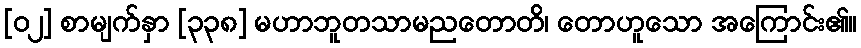
[၀၂] စာမျက်နှာ [၃၃၈] မဟာဘူတသာမညတောတိ၊ တောဟူသော အကြောင်း၏။